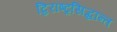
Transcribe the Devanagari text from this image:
द्विराष्ट्रसिद्धान्त